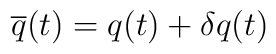
\overline{q}(t)=q(t)+\delta q(t)